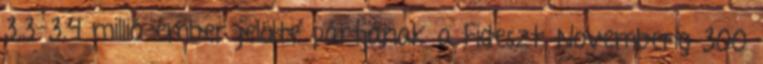
3,3-3,4 millió ember jelölte pártjának a Fideszt. Novemberig 300